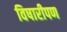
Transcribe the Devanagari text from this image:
विषारीपण